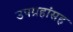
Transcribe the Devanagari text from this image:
उपग्रहांसह